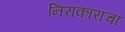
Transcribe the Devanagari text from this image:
निराकाराचा